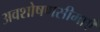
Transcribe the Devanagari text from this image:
अवशोषणसीमाएँ